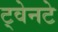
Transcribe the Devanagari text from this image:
ट्वेनटे